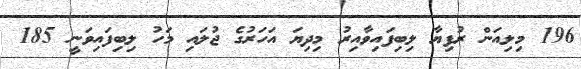
196 މިލިއަން ރުފިޔާ ލިބިފައިވާއިރު މިދިޔަ އަހަރުގެ ޖުލައި މަހު ލިބިފައިވަނީ 185